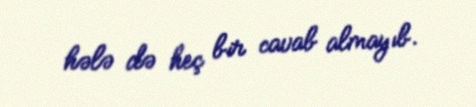
hələ də heç bir cavab almayıb.